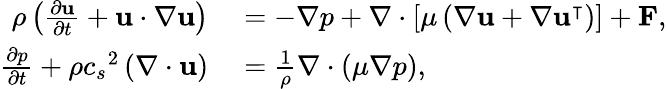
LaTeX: \begin{array}{rl}{\rho\left(\frac{\partial\mathbf{u}}{\partial t}+\mathbf{u}\cdot\nabla\mathbf{u}\right)}&{{}=-\nabla p+\nabla\cdot\left[\mu\left(\nabla\mathbf{u}+\nabla\mathbf{u}^{\intercal}\right)\right]+\mathbf{F},}\\ {\frac{\partial p}{\partial t}+\rho{c_{s}}^{2}\left(\nabla\cdot\mathbf{u}\right)}&{{}=\frac{1}{\rho}\nabla\cdot\left(\mu\nabla p\right),}\end{array}